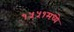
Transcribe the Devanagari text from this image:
१५५१मध्ये